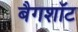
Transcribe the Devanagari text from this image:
बैगशॉट